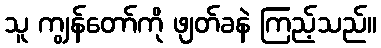
သူ ကျွန်တော်ကို ဖျတ်ခနဲ ကြည့်သည်။